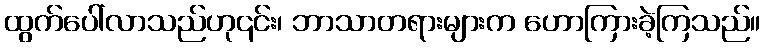
ထွက်ပေါ်လာသည်ဟု၎င်း၊ ဘာသာတရားများက ဟောကြားခဲ့ကြသည်။